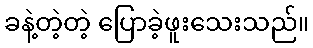
ခနဲ့တဲ့တဲ့ ပြောခဲ့ဖူးသေးသည်။